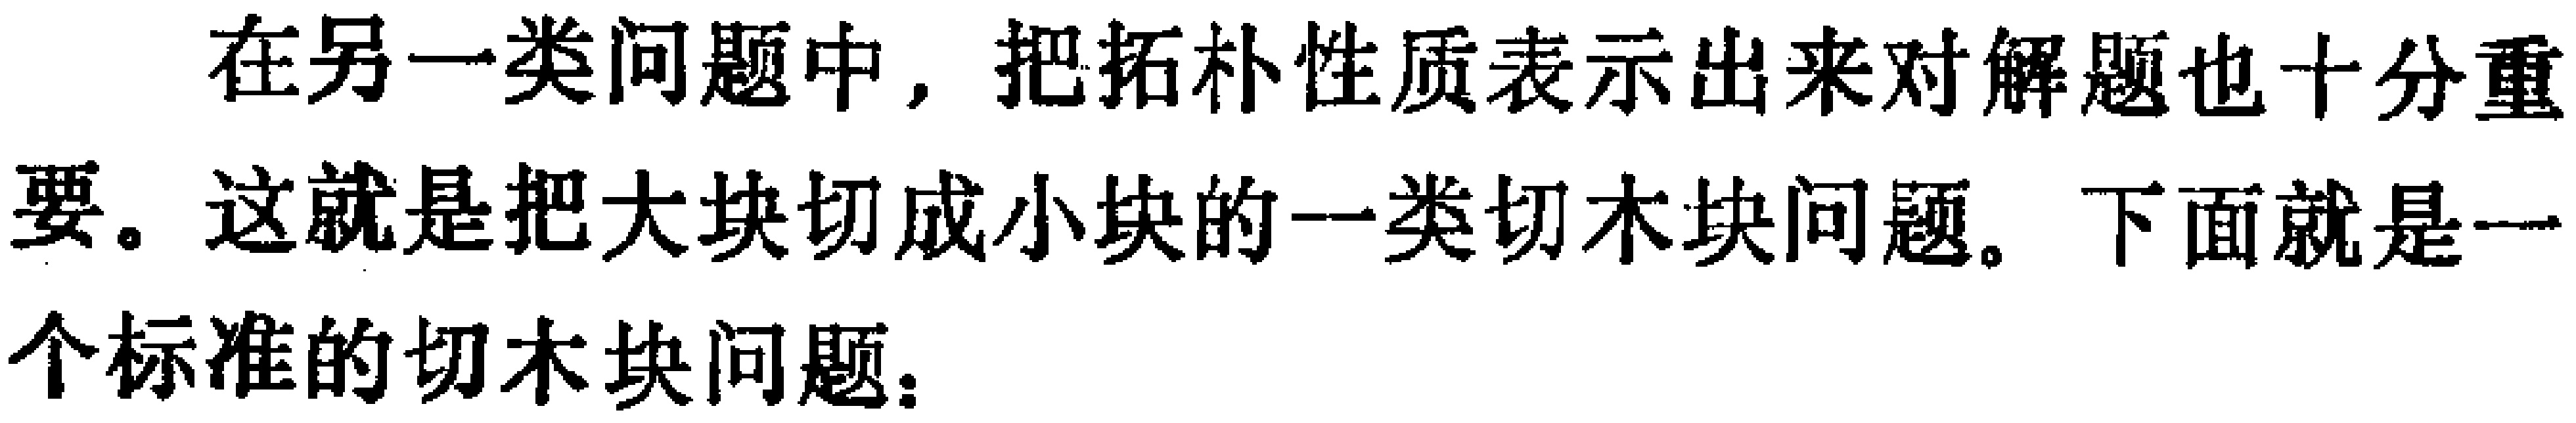
在另一类问题中，把拓扑性质表示出来对解题也十分重要。这就是把大块切成小块的一类切木块问题。下面就是一个标准的切木块问题：